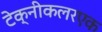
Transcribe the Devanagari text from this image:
टेक्नीकलरएक